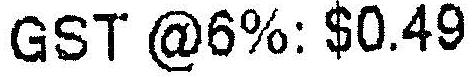
GST @6%: $0.49